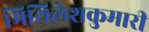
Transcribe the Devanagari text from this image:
मिथिलेशकुमारी